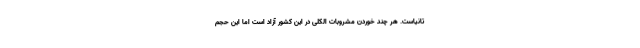
تانیاست. هر چند خوردن مشروبات الکلی در این کشور آزاد است اما این حجم